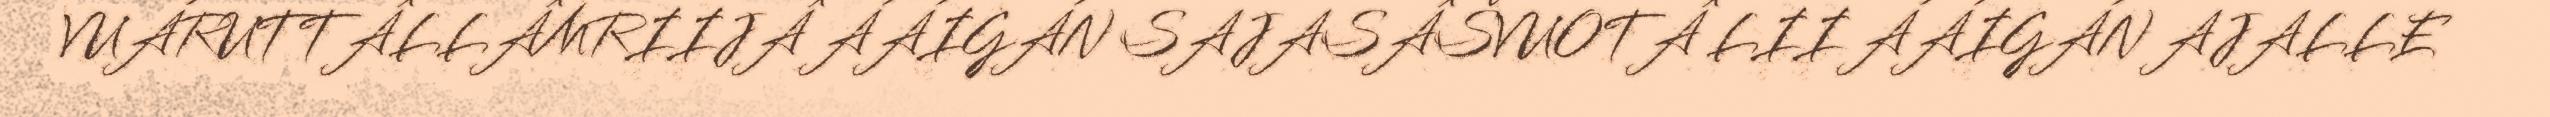
VUÁRUTTÂLLÂMRIIJÂ ÁÁIGÁN SAJASÂŠVUOTÂ LII ÁÁIGÁN AJALLE